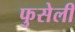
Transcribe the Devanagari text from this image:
फुसेली